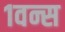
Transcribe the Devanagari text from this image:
१वन्स